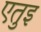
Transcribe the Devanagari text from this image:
एतुइ